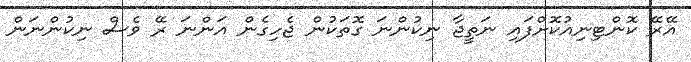
އޭރޭ ކޮންޓިނިއުކޮށްފައި ނަތީޖާ ނިކުންނަ ގޮތަކުން ޖެހިގެން އަންނަ ރޭ ވެސް ނިކުންނަން